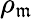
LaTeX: \rho_{\mathfrak{m}}